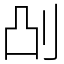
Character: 𫥷